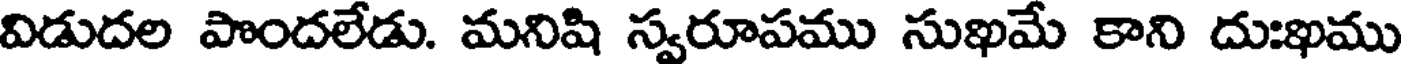
విడుదల పొందలేడు. మనిషి స్వరూపము సుఖమే కాని దుఃఖము